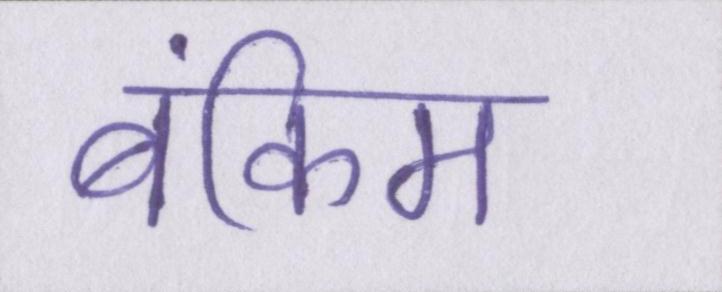
बंकिम